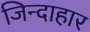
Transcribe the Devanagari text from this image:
जिन्दाहार